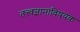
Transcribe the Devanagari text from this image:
तत्त्वज्ञानाविषयक